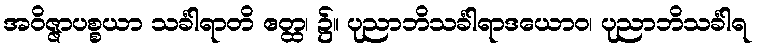
အဝိဇ္ဇာပစ္စယာ သင်္ခါရာတိ ဧတ္ထ၊ ၌။ ပုညာဘိသင်္ခါရာဒယောဝ၊ ပုညာဘိသင်္ခါရ